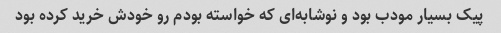
پیک بسیار مودب بود و نوشابه‌ای که خواسته بودم رو خودش خرید کرده بود